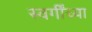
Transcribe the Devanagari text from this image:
स्वर्गींच्या